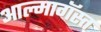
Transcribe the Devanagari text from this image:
आल्मागॅस्त